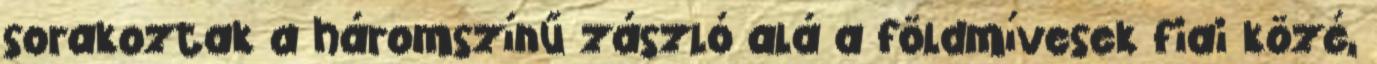
sorakoztak a háromszínű zászló alá a földmívesek fiai közé,